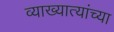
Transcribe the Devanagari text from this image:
व्याख्यात्यांच्या